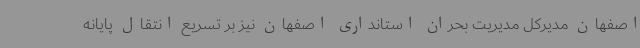
اصفهان مدیرکل مدیریت بحران استانداری اصفهان نیز بر تسریع انتقال پایانه